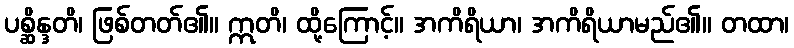
ပစ္ဆိန္ဒတိ၊ ဖြစ်တတ်၏။ ဣတိ၊ ထို့ကြောင့်။ အကိရိယာ၊ အကိရိယာမည်၏။ တထာ၊